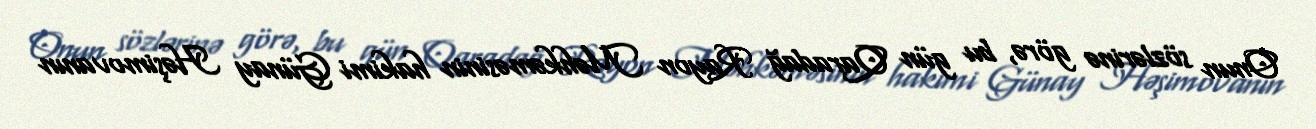
Onun sözlərinə görə, bu gün Qaradağ Rayon Məhkəməsinin hakimi Günay Həşimovanın